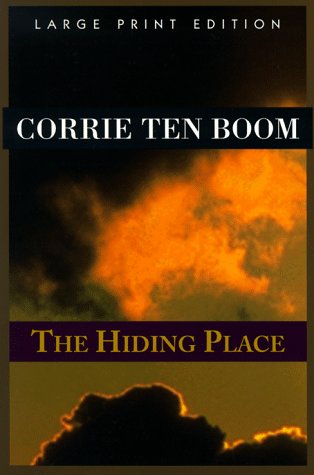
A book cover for The Hiding Place (Walker Large Print Books); Elizabeth Sherrill; Biographies & Memoirs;